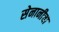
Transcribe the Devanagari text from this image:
सेनानीचा